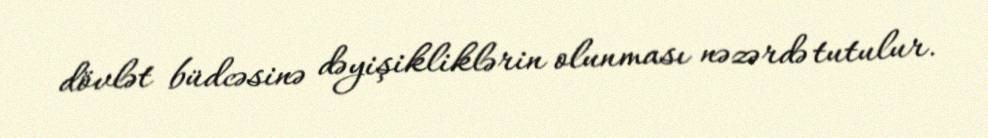
dövlət büdcəsinə dəyişikliklərin olunması nəzərdə tutulur.